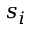
s _ { i }